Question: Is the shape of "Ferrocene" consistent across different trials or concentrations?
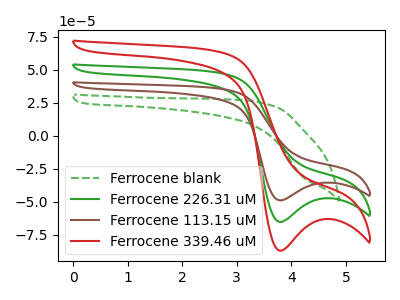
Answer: <think>The green dashed curve "Ferrocene blank" has no peaks. The green curve "Ferrocene 226.31 uM" has a cathodic peak at: (3.80V, -65.20uA). The brown curve "Ferrocene 113.15 uM" has a cathodic peak at: (3.80V, -48.90uA). The red curve "Ferrocene 339.46 uM" has a cathodic peak at: (3.80V, -130.35uA).
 "Ferrocene blank" and "Ferrocene 226.31 uM" have a different number of peaks. "Ferrocene blank" and "Ferrocene 113.15 uM" have a different number of peaks. "Ferrocene blank" and "Ferrocene 339.46 uM" have a different number of peaks. All the peaks in "Ferrocene 226.31 uM" have a peak in "Ferrocene 113.15 uM" at the same potential. Every peak in "Ferrocene 226.31 uM" is higher than every peak in "Ferrocene 113.15 uM". All the peaks in "Ferrocene 226.31 uM" have a peak in "Ferrocene 339.46 uM" at the same potential. Every peak in "Ferrocene 226.31 uM" is lower than every peak in "Ferrocene 339.46 uM". All the peaks in "Ferrocene 113.15 uM" have a peak in "Ferrocene 339.46 uM" at the same potential. Every peak in "Ferrocene 113.15 uM" is lower than every peak in "Ferrocene 339.46 uM".</think>
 <answer>All the CV's of "Ferrocene" have similar shape.</answer>
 <eval>follow_rule</eval>